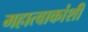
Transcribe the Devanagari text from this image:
महात्वाकांशी